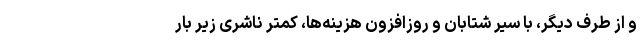
و از طرف دیگر، با سیر شتابان و روزافزون هزینه‌ها، کمتر ناشری زیر بار